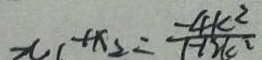
x _ { 1 } + x _ { 2 } = \frac { - 4 k ^ { 2 } } { 1 - 1 2 k ^ { 2 } }